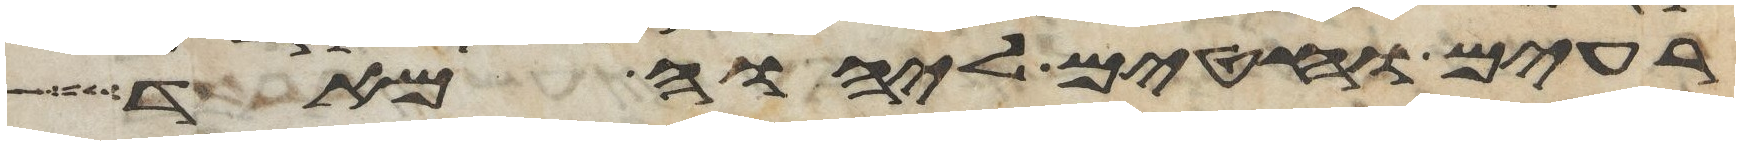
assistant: רעים וחטאים ליהוה מאד